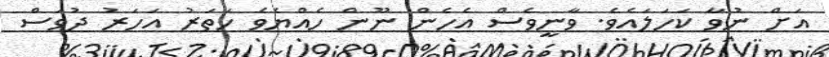
އަށް ނުވާ ކަހަލައެވެ. ވާނީވެސް އެހެން ނޫން ހެއްޔެވެ ހަތަރު އަހަރު ދުވަސް